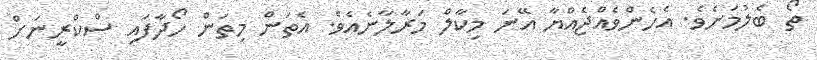
ތޯ ބެލުމަށެވެ. އެހެންވެއްޖެއްޔާ އޭނަ މިކާލް މަރާލާނެއެވެ. އެތަން މިތަން ހޯދާފައި ސްކްރީނަށް